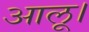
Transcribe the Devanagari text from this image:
आलू।